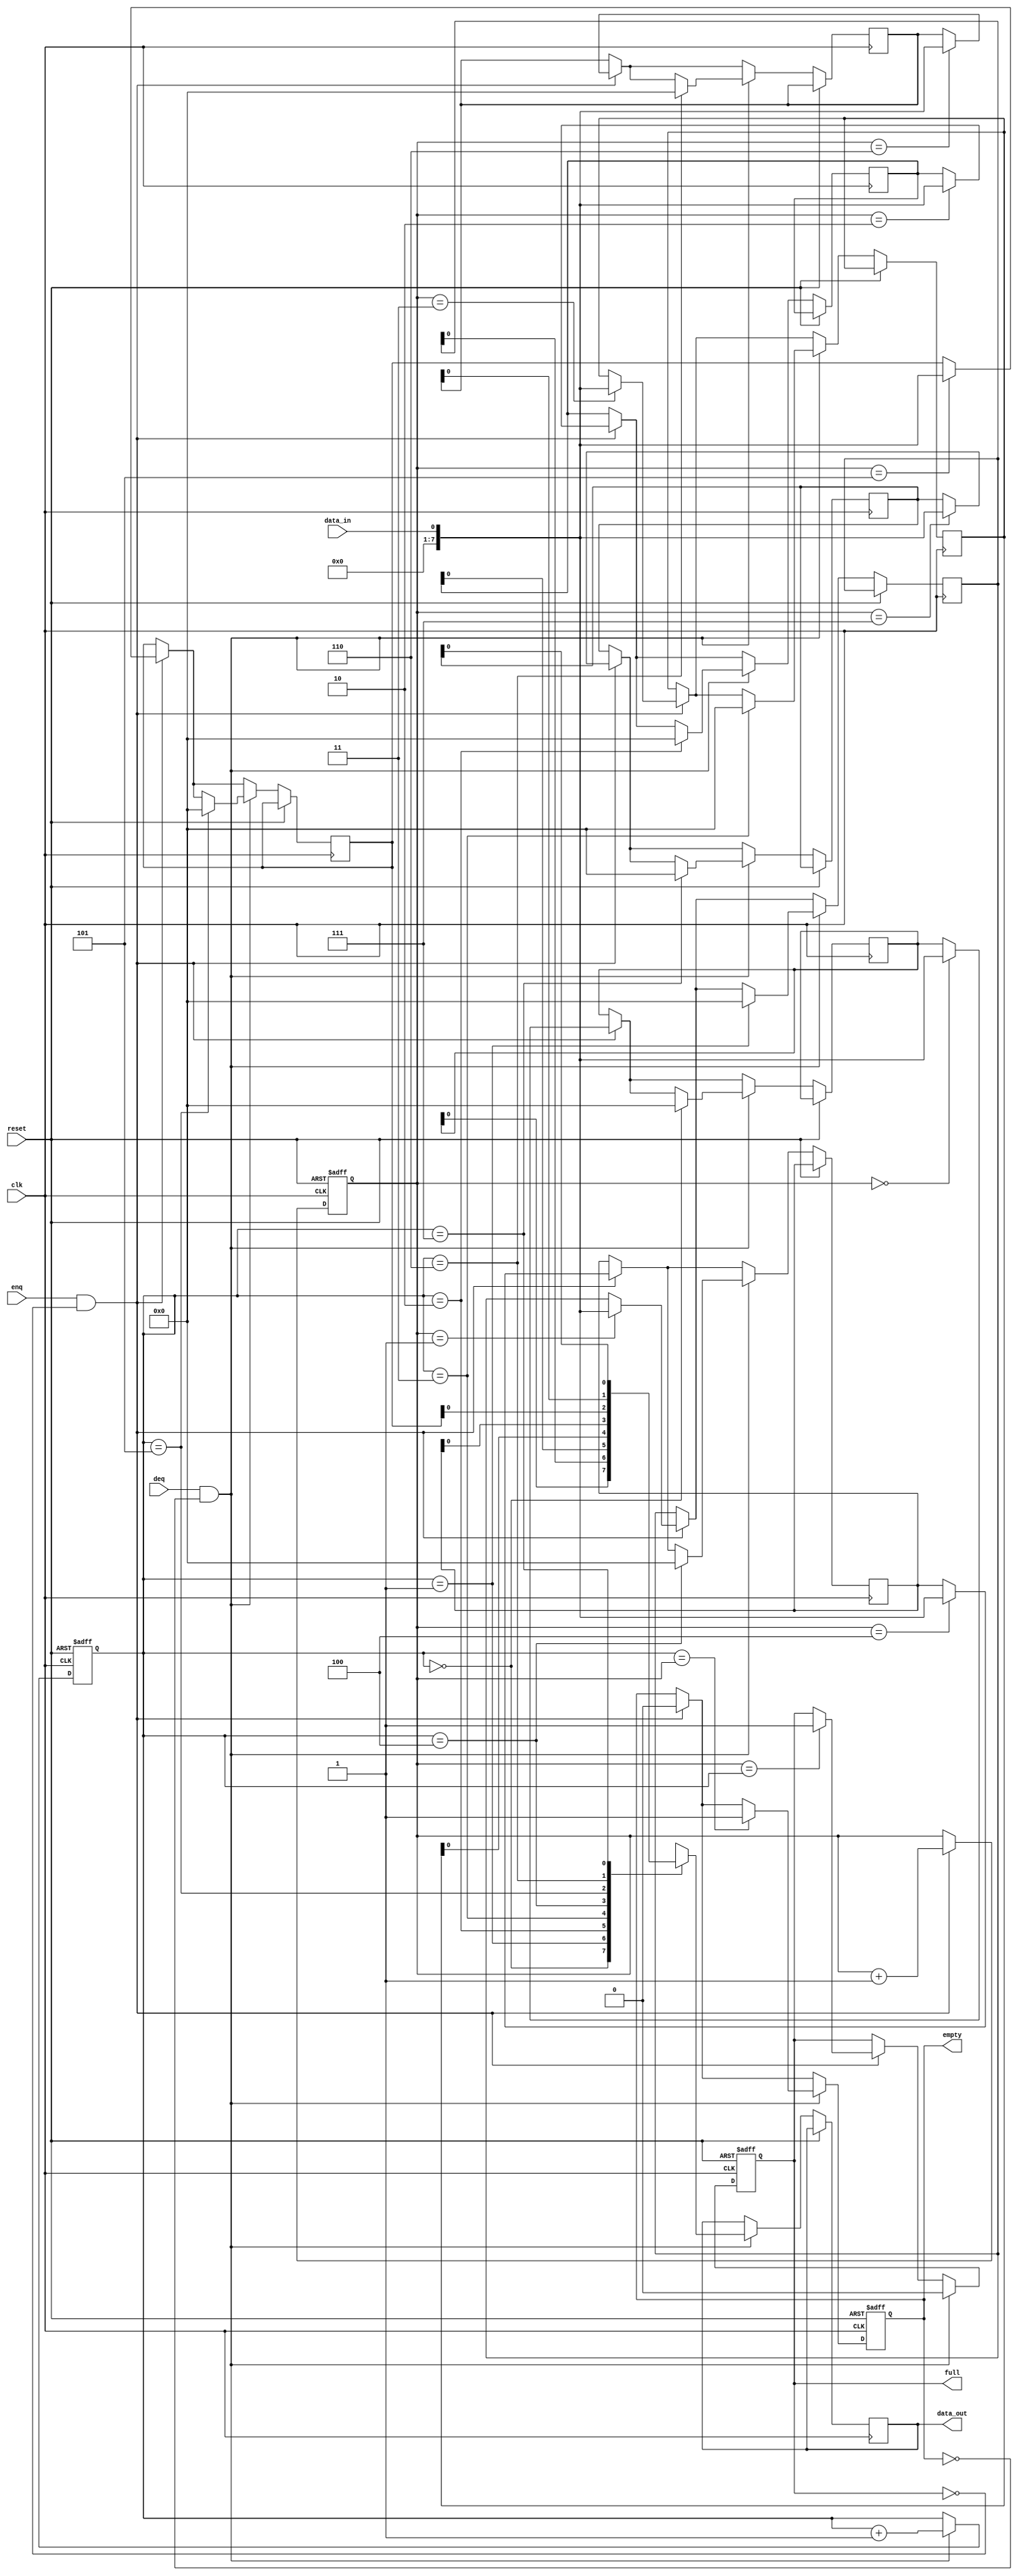
module Circular_FIFO (
    input wire clk,         // Clock signal
    input wire reset,       // Reset signal
    input wire enq,         // Enqueue signal
    input wire deq,         // Dequeue signal
    input wire data_in,     // Data input
    output reg data_out,    // Data output
    output reg full,        // Full flag
    output reg empty        // Empty flag
);

parameter BUFFER_SIZE = 8;  // Size of the circular buffer
reg [7:0] buffer [0:BUFFER_SIZE-1];  // Circular buffer
reg [2:0] write_ptr, read_ptr;       // Write and read pointers

always @ (posedge clk or posedge reset) begin
    if (reset) begin
        write_ptr <= 0;
        read_ptr <= 0;
        full <= 0;
        empty <= 1;
    end else begin
        if (enq && !full) begin
            buffer[write_ptr] <= data_in;
            write_ptr <= write_ptr + 1;
            if (write_ptr == BUFFER_SIZE) write_ptr <= 0;
            if (write_ptr == read_ptr) full <= 1;
            empty <= 0;
        end
        
        if (deq && !empty) begin
            data_out <= buffer[read_ptr];
            buffer[read_ptr] <= 0;
            read_ptr <= read_ptr + 1;
            if (read_ptr == BUFFER_SIZE) read_ptr <= 0;
            if (read_ptr == write_ptr) empty <= 1;
            full <= 0;
        end
    end
end

endmodule